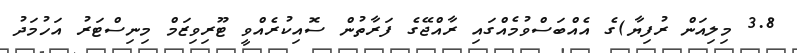
3.8 މިލިއަން ރުފިޔާ)ގެ އެއްބަސްވުމެއްގައި ރާއްޖޭގެ ފަރާތުން ސޮއިކުރެއްވީ ޓޫރިވިޒަމް މިނިސްޓަރު އަހުމަދު